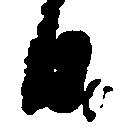
日